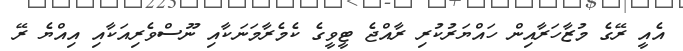
އެއީ ރޭގެ މުޒާހަރާއިން ހައްޔަރުކުރި ރާއްޖެ ޓީވީގެ ކެމެރާމަނަކާއި ނޫސްވެރިއަކާއި އިއްޔެ ރޭ